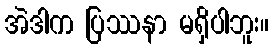
အဲဒါက ပြဿနာ မရှိပါဘူး။